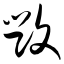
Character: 毁